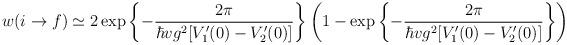
LaTeX: \begin{align*}w(i\rightarrow f)\simeq 2\exp\left\{-{2\pi\over\hbar vg^2[V_1'(0)-V_2'(0)]}\right\} \left(1- \exp\left\{-{2\pi\over\hbar vg^2[V_1'(0)-V_2'(0)]}\right\} \right)\end{align*}